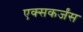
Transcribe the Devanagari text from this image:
एक्सकर्जंस